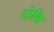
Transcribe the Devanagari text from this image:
होकि